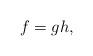
LaTeX: \begin{align*}f=gh, \end{align*}